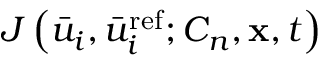
{ J \left( { { { \bar { u } } _ { i } } , \bar { u } _ { i } ^ { \mathrm { { r e f } } } ; { C _ { n } } , { \bf { x } } , t } \right) }